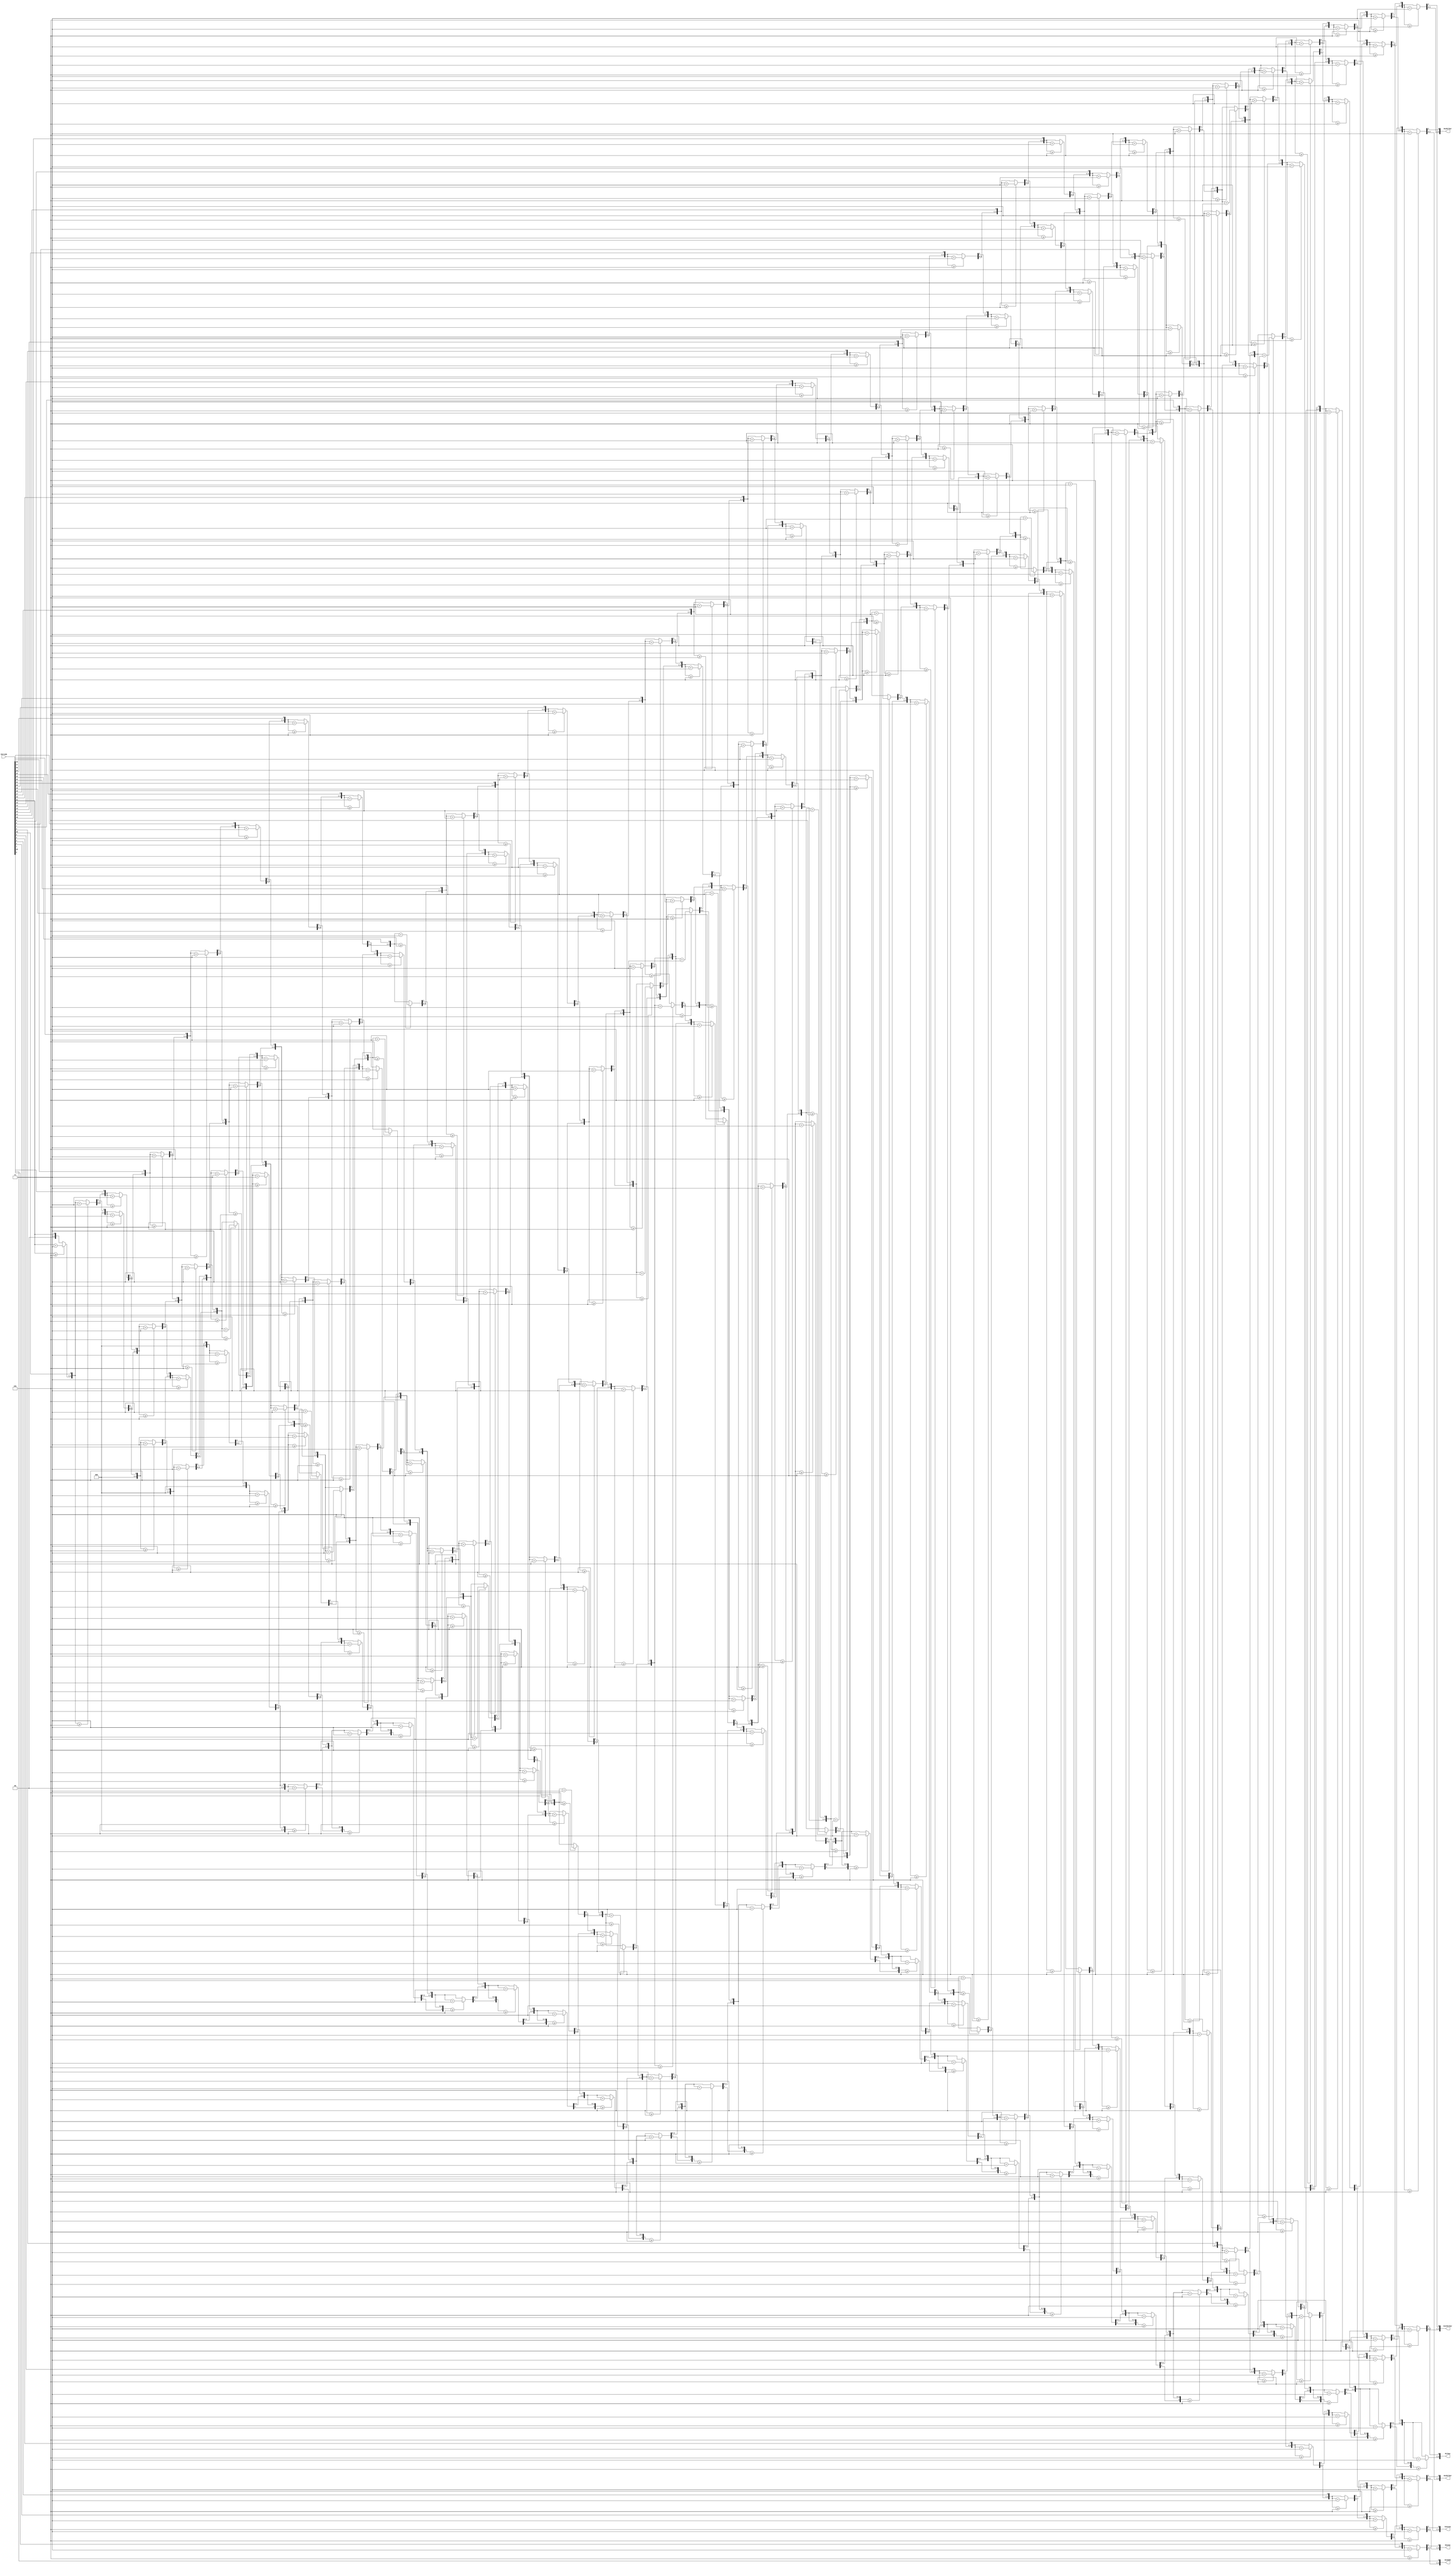
module ConversorBCD (Entrada, Milhao, CentMilhar, DezMilhar, UniMilhar, Centena, Dezena, Unidade);

	input [31:0] Entrada;
	output reg [3:0] Milhao;
	output reg [3:0] CentMilhar;
	output reg [3:0] DezMilhar; 
	output reg [3:0] UniMilhar;
	output reg [3:0] Centena;
	output reg [3:0] Dezena;
	output reg [3:0] Unidade;
	
	integer contador;
		
	always @(Entrada) begin
	
		Milhao = 4'd0; 
		CentMilhar = 4'd0; 
		DezMilhar = 4'd0; 
		UniMilhar = 4'd0;
		Centena = 4'd0;
		Dezena = 4'd0;
		Unidade = 4'd0;
		
		for(contador = 31 ; contador >=0 ; contador = contador-1) begin
			
			if(Milhao >= 5)
				Milhao = Milhao + 4'd3;		
			if(CentMilhar >= 5)
				CentMilhar = CentMilhar + 4'd3;	
			if(DezMilhar >= 5)
				DezMilhar = DezMilhar + 4'd3;
			if(UniMilhar >= 5)
				UniMilhar = UniMilhar + 4'd3;
			if(Centena >= 5)
				Centena = Centena + 4'd3;
			if(Dezena >= 5)
				Dezena = Dezena + 4'd3;
			if(Unidade >= 5)
				Unidade = Unidade + 4'd3;
			
			Milhao = Milhao << 1; 
			Milhao[0] = CentMilhar[3];
			
			CentMilhar = CentMilhar << 1; 
			CentMilhar[0] = DezMilhar[3];
			
			DezMilhar = DezMilhar << 1; 
			DezMilhar[0] = UniMilhar[3];
			
			UniMilhar = UniMilhar << 1; 
			UniMilhar[0] = Centena[3];
			
			Centena = Centena << 1;
			Centena[0] = Dezena[3];	
		
			Dezena = Dezena << 1; 
			Dezena[0] = Unidade[3];
			
			Unidade = Unidade << 1; 
			Unidade[0] = Entrada[contador];
		end 
	end
endmodule